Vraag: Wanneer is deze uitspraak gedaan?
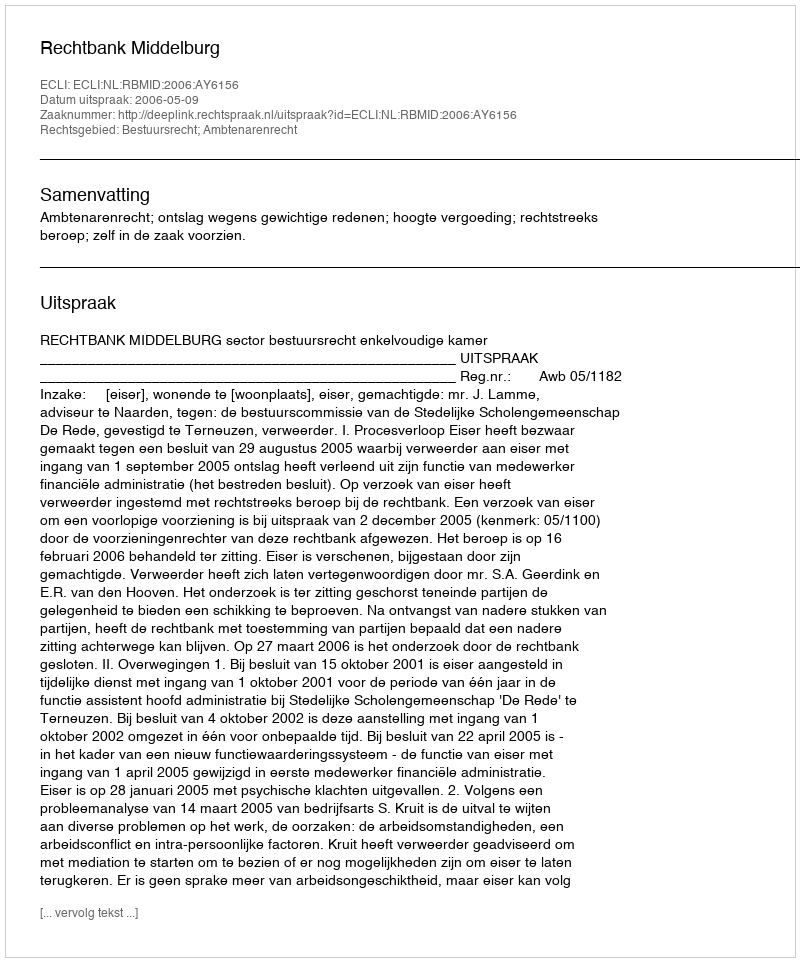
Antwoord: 2006-05-09